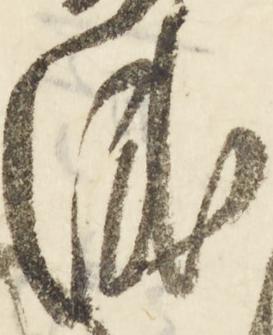
成